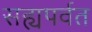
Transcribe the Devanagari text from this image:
सह्यपर्वत